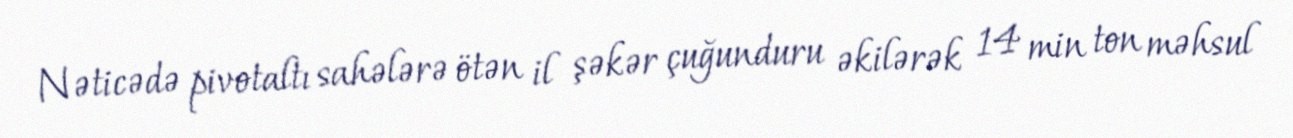
Nəticədə pivotaltı sahələrə ötən il şəkər çuğunduru əkilərək 14 min ton məhsul